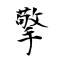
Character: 擎